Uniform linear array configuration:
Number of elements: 8
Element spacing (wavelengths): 0.25
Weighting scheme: hamming
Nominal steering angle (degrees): -60
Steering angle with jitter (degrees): -58.478
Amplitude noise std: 0.05
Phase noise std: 0.05

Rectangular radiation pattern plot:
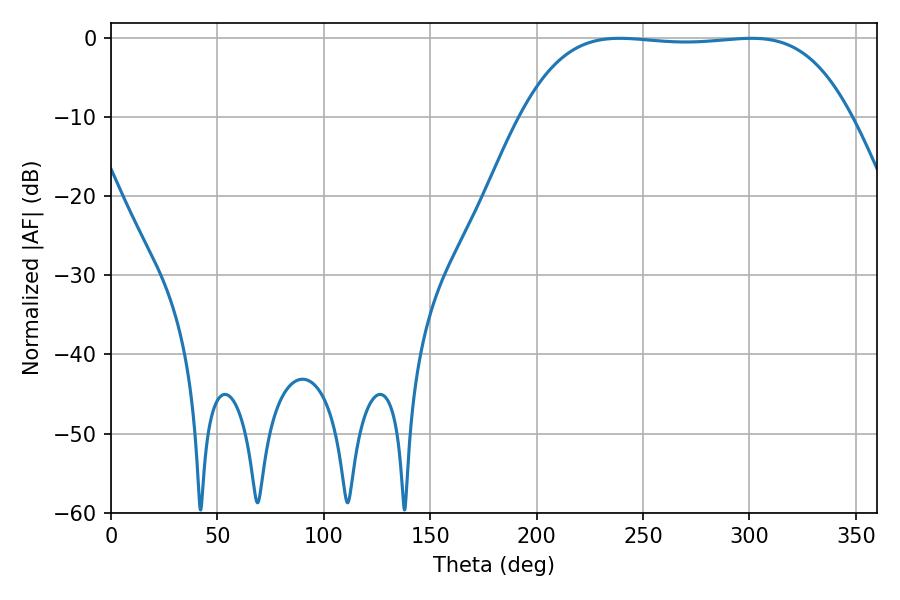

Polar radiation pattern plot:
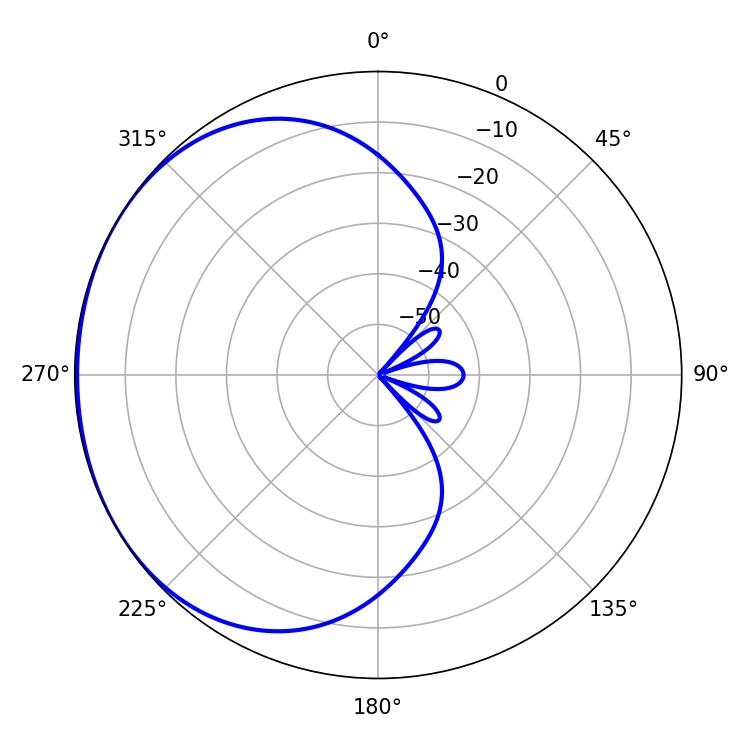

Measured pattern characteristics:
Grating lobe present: FALSE
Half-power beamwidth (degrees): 120.6
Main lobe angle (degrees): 239.04